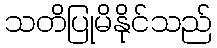
သတိပြုမိနိုင်သည်